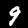
Label: 9